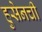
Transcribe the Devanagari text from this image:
हुसेनची